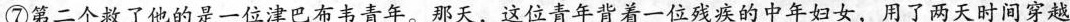
⑦第二个救了他的是一位津巴布韦青年。那天，这位青年背着一疾的中年妇女，用了两天时间穿越